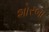
શોરબા